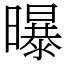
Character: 曝